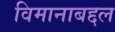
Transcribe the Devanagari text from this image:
विमानाबद्दल